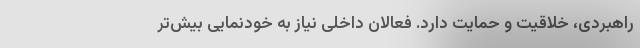
راهبردی، خلاقیت و حمایت دارد. فعالان داخلی نیاز به خودنمایی بیش‌تر